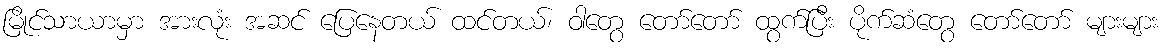
မြိုင်သာယာမှာ အားလုံး အဆင် ပြေနေတယ် ထင်တယ်၊ ဝါတွေ တော်တော် ထွက်ပြီး ပိုက်ဆံတွေ တော်တော် များများ